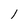
Character: l